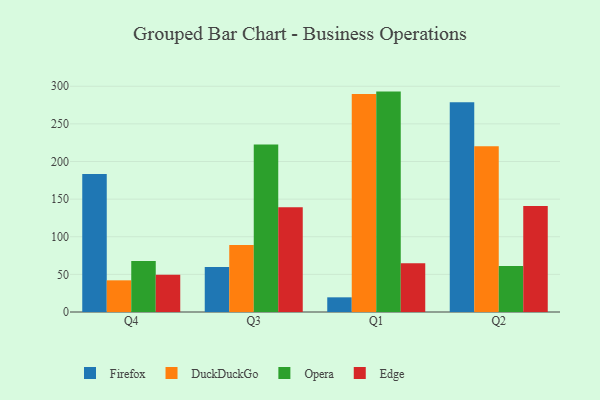
{"axis": {"x": "Quarter", "y": "Production Output"}, "legend": ["DuckDuckGo", "Edge", "Firefox", "Opera"], "data": [{"x": "Q4", "y": 183.3, "type": "Firefox"}, {"x": "Q4", "y": 42.1, "type": "DuckDuckGo"}, {"x": "Q4", "y": 67.8, "type": "Opera"}, {"x": "Q4", "y": 49.5, "type": "Edge"}, {"x": "Q3", "y": 59.9, "type": "Firefox"}, {"x": "Q3", "y": 89.2, "type": "DuckDuckGo"}, {"x": "Q3", "y": 222.5, "type": "Opera"}, {"x": "Q3", "y": 139.1, "type": "Edge"}, {"x": "Q1", "y": 19.5, "type": "Firefox"}, {"x": "Q1", "y": 289.6, "type": "DuckDuckGo"}, {"x": "Q1", "y": 292.9, "type": "Opera"}, {"x": "Q1", "y": 64.8, "type": "Edge"}, {"x": "Q2", "y": 278.9, "type": "Firefox"}, {"x": "Q2", "y": 220.4, "type": "DuckDuckGo"}, {"x": "Q2", "y": 61.2, "type": "Opera"}, {"x": "Q2", "y": 140.9, "type": "Edge"}]}